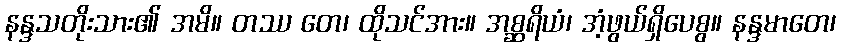
နန္ဒသတိုးသား၏ အမိ။ တဿ တေ၊ ထိုသင်အား။ အစ္ဆရိယံ၊ အံ့ဖွယ်ရှိပေစွ။ နန္ဒမာတေ၊